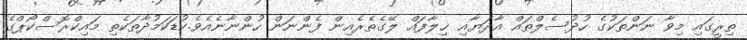
ތިރީގައި މިވާ ނަންތަކުގެ ހުދުސެލްތައް އާދަޔާއި ޚިލާފައް ލޭގެތެރެއިން ފެންނަން ހުންނާނެއެވެ.ކުޑަކަމުދާތަކެތި މައިކްރޮސްކޯޕްގެ